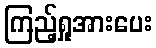
ကြည့်ရှုအားပေး